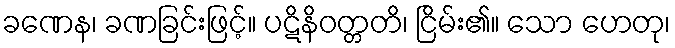
ခဏေန၊ ခဏခြင်းဖြင့်။ ပဋိနိဝတ္တတိ၊ ငြိမ်း၏။ သော ဟေတု၊